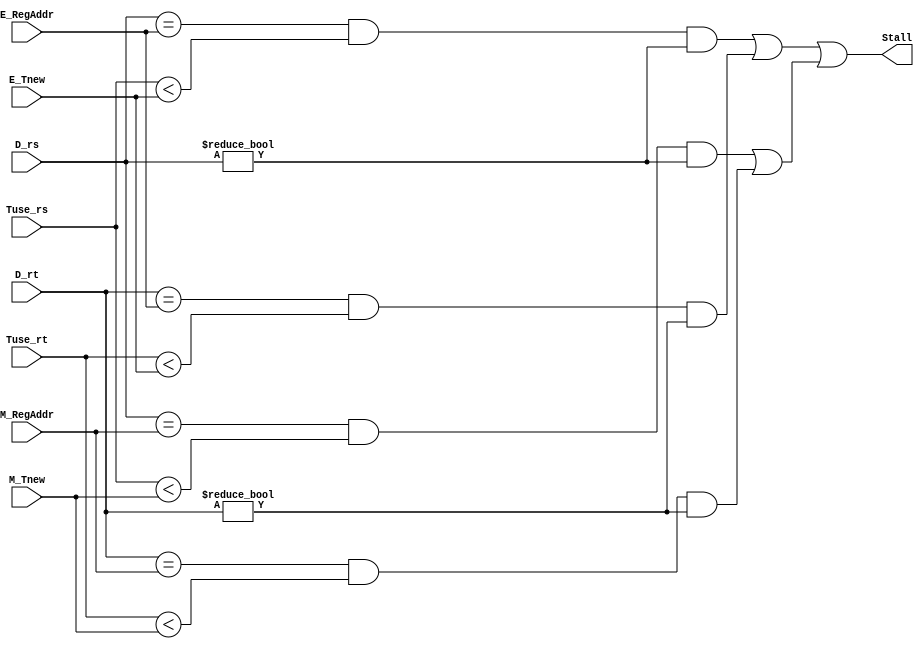
module Stall (
    input [2:0] Tuse_rs,
    input [2:0] Tuse_rt,
    input [4:0] D_rs,
    input [4:0] D_rt,
    input [2:0] E_Tnew,
    input [4:0] E_RegAddr,
    input [2:0] M_Tnew,
    input [4:0] M_RegAddr,
    output Stall);

    wire E_Stall, M_Stall;

   assign E_Stall = ((D_rs == E_RegAddr) && (Tuse_rs < E_Tnew) && (D_rs != 0)) ||
                    ((D_rt == E_RegAddr) && (Tuse_rt < E_Tnew) && (D_rt != 0));

   assign M_Stall = ((D_rs == M_RegAddr) && (Tuse_rs < M_Tnew) && (D_rs != 0)) ||
                    ((D_rt == M_RegAddr) && (Tuse_rt < M_Tnew) && (D_rt != 0));

   assign Stall = E_Stall || M_Stall;                                  
    
endmodule